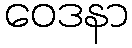
ဝေဒနာ